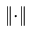
\lVert \cdot \rVert